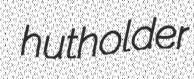
hutholder